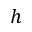
h